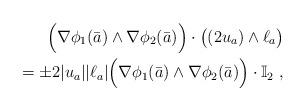
LaTeX: \begin{align*}\phantom{=}\Big(\nabla\phi_1(\bar{a})\wedge \nabla\phi_2(\bar{a})\Big)\cdot\big((2u_a)\wedge \ell_a\big)\\= \pm 2 |u_a| |\ell_a| \Big(\nabla\phi_1(\bar{a})\wedge \nabla\phi_2(\bar{a})\Big)\cdot\mathbb{I}_2\ ,\end{align*}